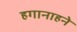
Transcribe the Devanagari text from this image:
हगानाहने